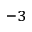
^ { - 3 }